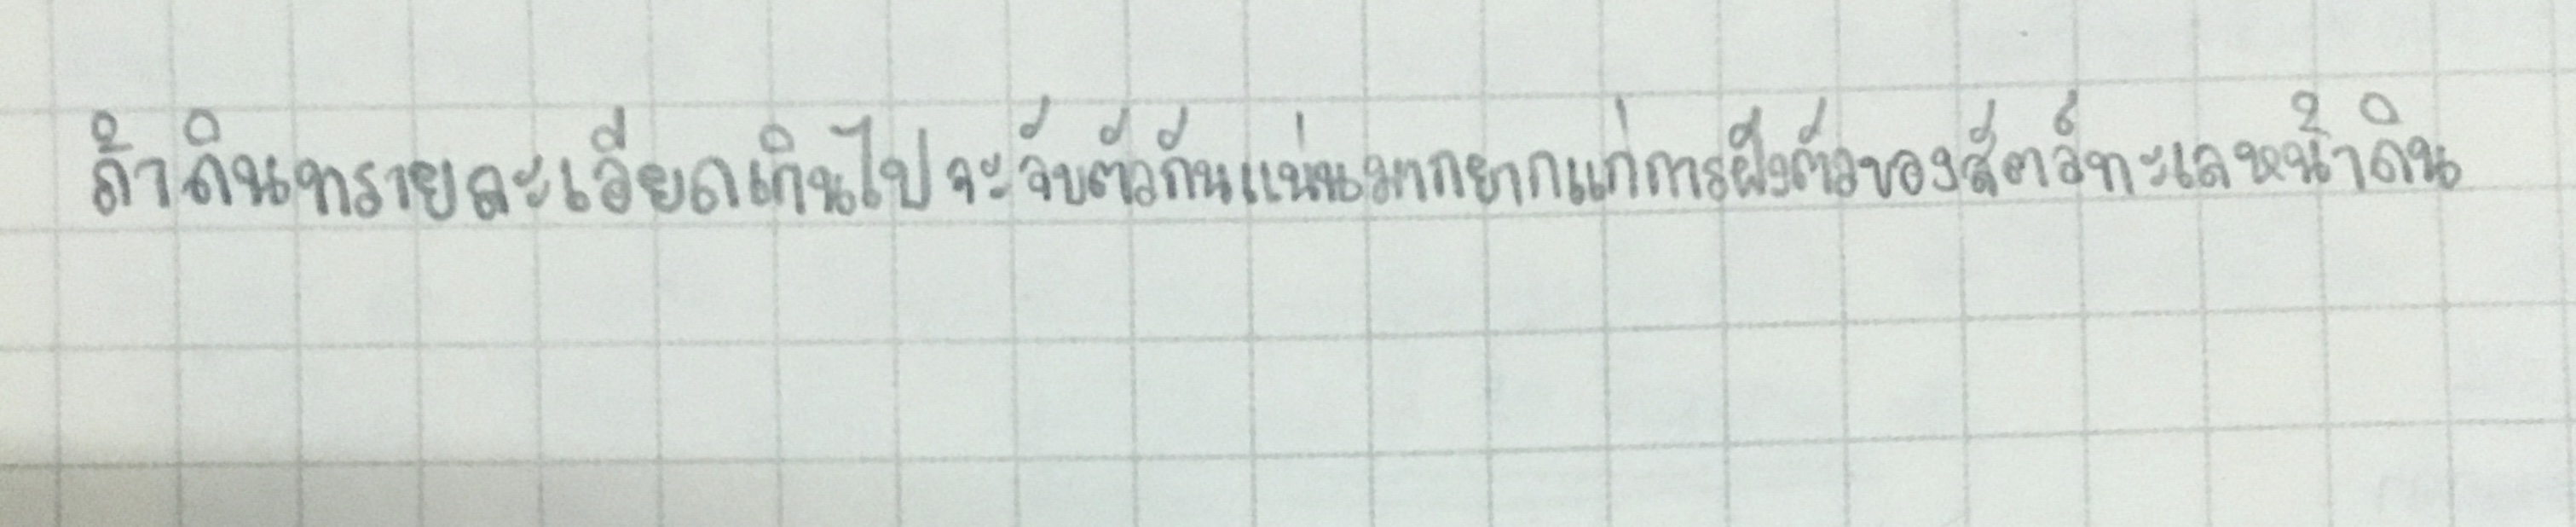
ถ้าดินทรายละเอียดเกินไปจะจับตัวกันแน่นมากยากแก่การฝังตัวของสัตว์ทะเลหน้าดิน